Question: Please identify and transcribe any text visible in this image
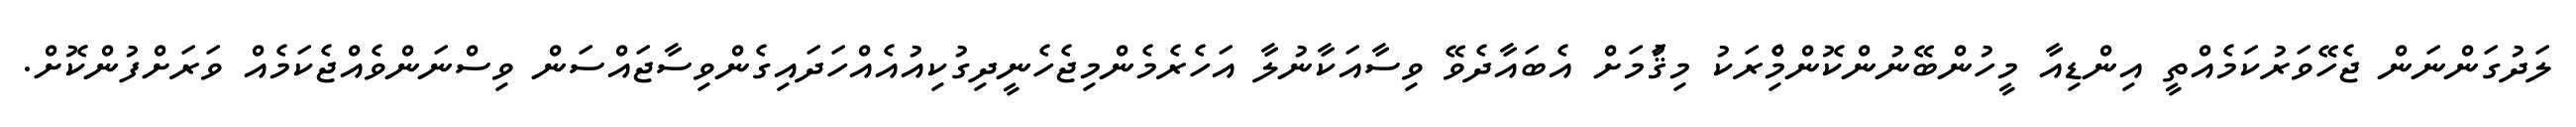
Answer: ލަދުގަންނަން ޖެހޭވަރުކަމެއްތީ އިންޑިއާ މީހުންބޭނުންކޮންމެްިރަކު މިޤަުމަށް އެބައާދެވޭ ވިސާއަކާނުލާ އަހެރެމެންމިޖެހެނީދިގުކިއުއެއްހަދައިގެންވިސާޖައްސަން ވިސްނަންވެއްޖެކަމެއް ވަރަށްފުންކޮށް.